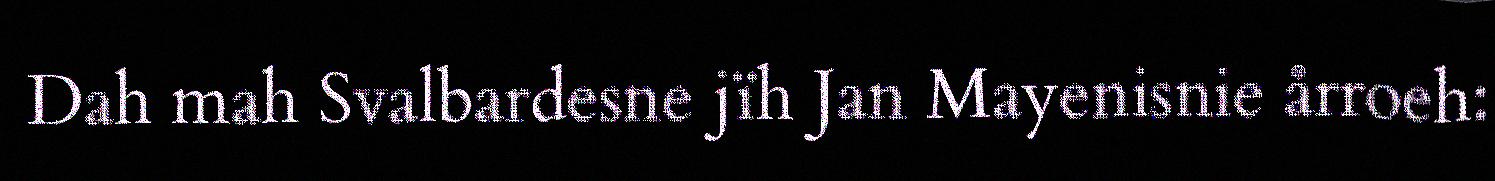
Dah mah Svalbardesne jïh Jan Mayenisnie årroeh: